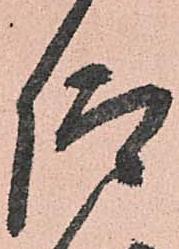
仰